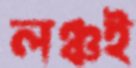
লঞ্চই